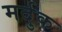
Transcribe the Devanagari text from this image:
मर्दुक